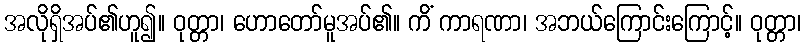
အလိုရှိအပ်၏ဟူ၍။ ဝုတ္တာ၊ ဟောတော်မူအပ်၏။ ကိံ ကာရဏာ၊ အဘယ်ကြောင်းကြောင့်။ ဝုတ္တာ၊